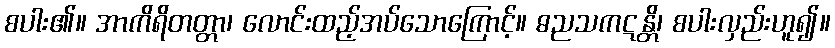
စပါး၏။ အာကိရိတတ္တာ၊ လောင်းထည့်အပ်သောကြောင့်။ ဓညသကဋန္တိ၊ စပါးလှည်းဟူ၍။